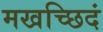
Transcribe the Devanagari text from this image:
मखच्छिदं